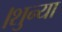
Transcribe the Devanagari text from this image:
।शुन्या